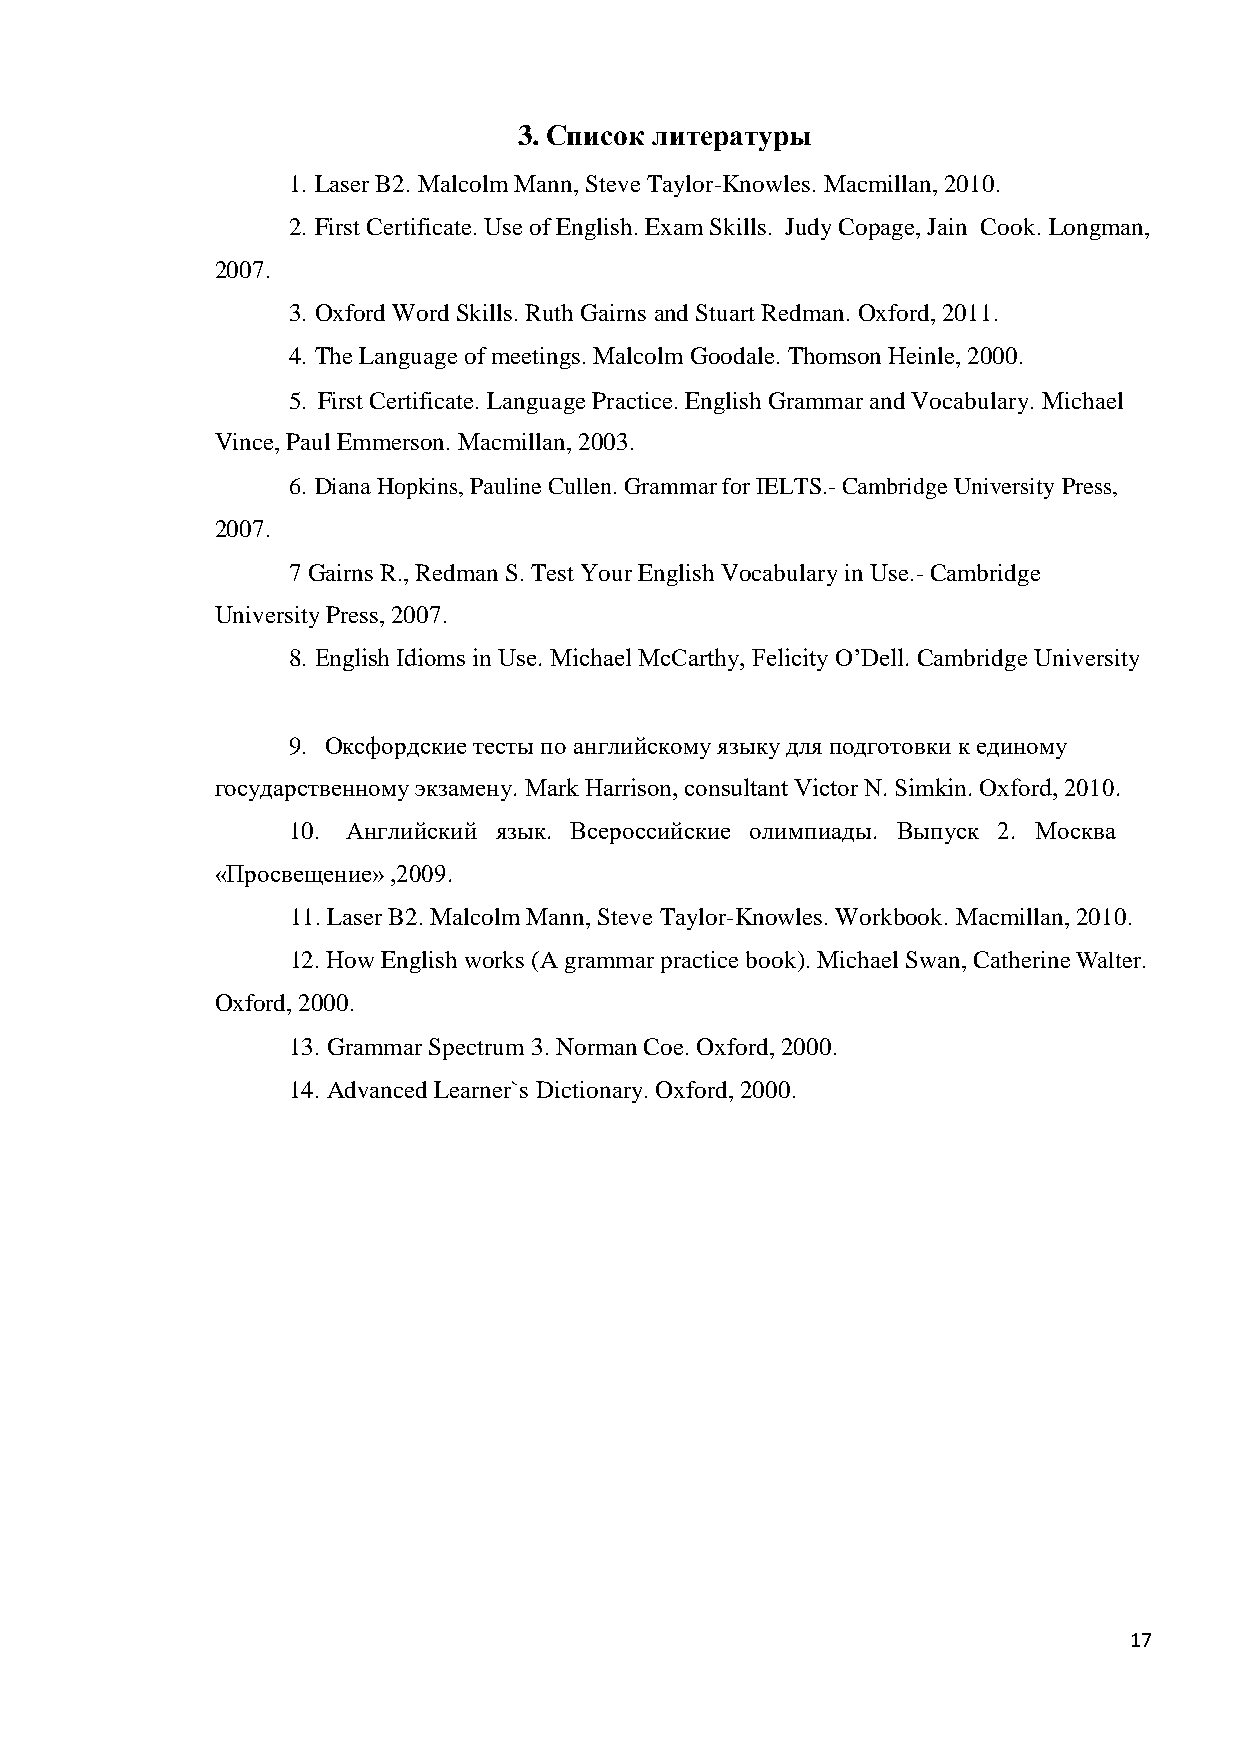
3. Список литературы
 1. Laser B2. Malcolm Mann, Steve Taylor-Knowles. Macmillan, 2010.
 2. First Certificate. Use of English. Exam Skills. Judy Copage, Jain Cook. Longman,
 2007.
 3. Oxford Word Skills. Ruth Gairns and Stuart Redman. Oxford, 2011.
 4. The Language of meetings. Malcolm Goodale. Thomson Heinle, 2000.
 5. First Certificate. Language Practice. English Grammar and Vocabulary. Michael
 Vince, Paul Emmerson. Macmillan, 2003.
 6. Diana Hopkins, Pauline Cullen. Grammar for IELTS.- Cambridge University Press,
 2007.
 7 Gairns R., Redman S. Test Your English Vocabulary in Use.- Cambridge
 University Press, 2007.
 8. English Idioms in Use. Michael McCarthy, Felicity O’Dell. Cambridge University
 9. Оксфордские тесты по английскому языку для подготовки к единому
 государственному экзамену. Mark Harrison, consultant Victor N. Simkin. Oxford, 2010.
 10. Английский язык. Всероссийские олимпиады. Выпуск 2. Москва
 «Просвещение» ,2009.
 11. Laser B2. Malcolm Mann, Steve Taylor-Knowles. Workbook. Macmillan, 2010.
 12. How English works (A grammar practice book). Michael Swan, Catherine Walter.
 Oxford, 2000.
 13. Grammar Spectrum 3. Norman Coe. Oxford, 2000.
 14. Advanced Learner`s Dictionary. Oxford, 2000.
 17